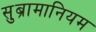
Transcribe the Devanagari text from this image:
सुब्रामानियम